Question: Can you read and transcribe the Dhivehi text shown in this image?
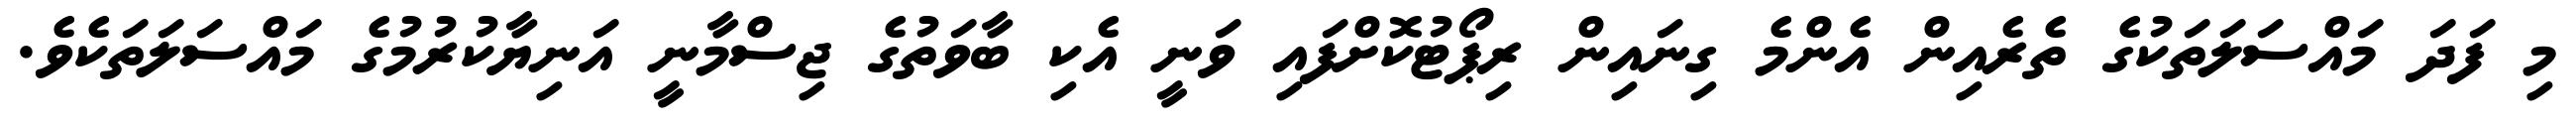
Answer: މި ފަދަ މައްސަލަތަކުގެ ތެރެއިން އެންމެ ގިނައިން ރިޕޯޓުކޮށްފައި ވަނީ އެކި ބާވަތުގެ ޖިސްމާނީ އަނިޔާކުރުމުގެ މައްސަލަތަކެވެ.